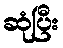
ဆုံပြီး